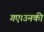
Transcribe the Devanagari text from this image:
गए।उनकी